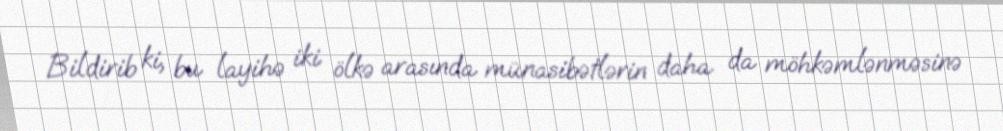
Bildirib ki, bu layihə iki ölkə arasında münasibətlərin daha da möhkəmlənməsinə